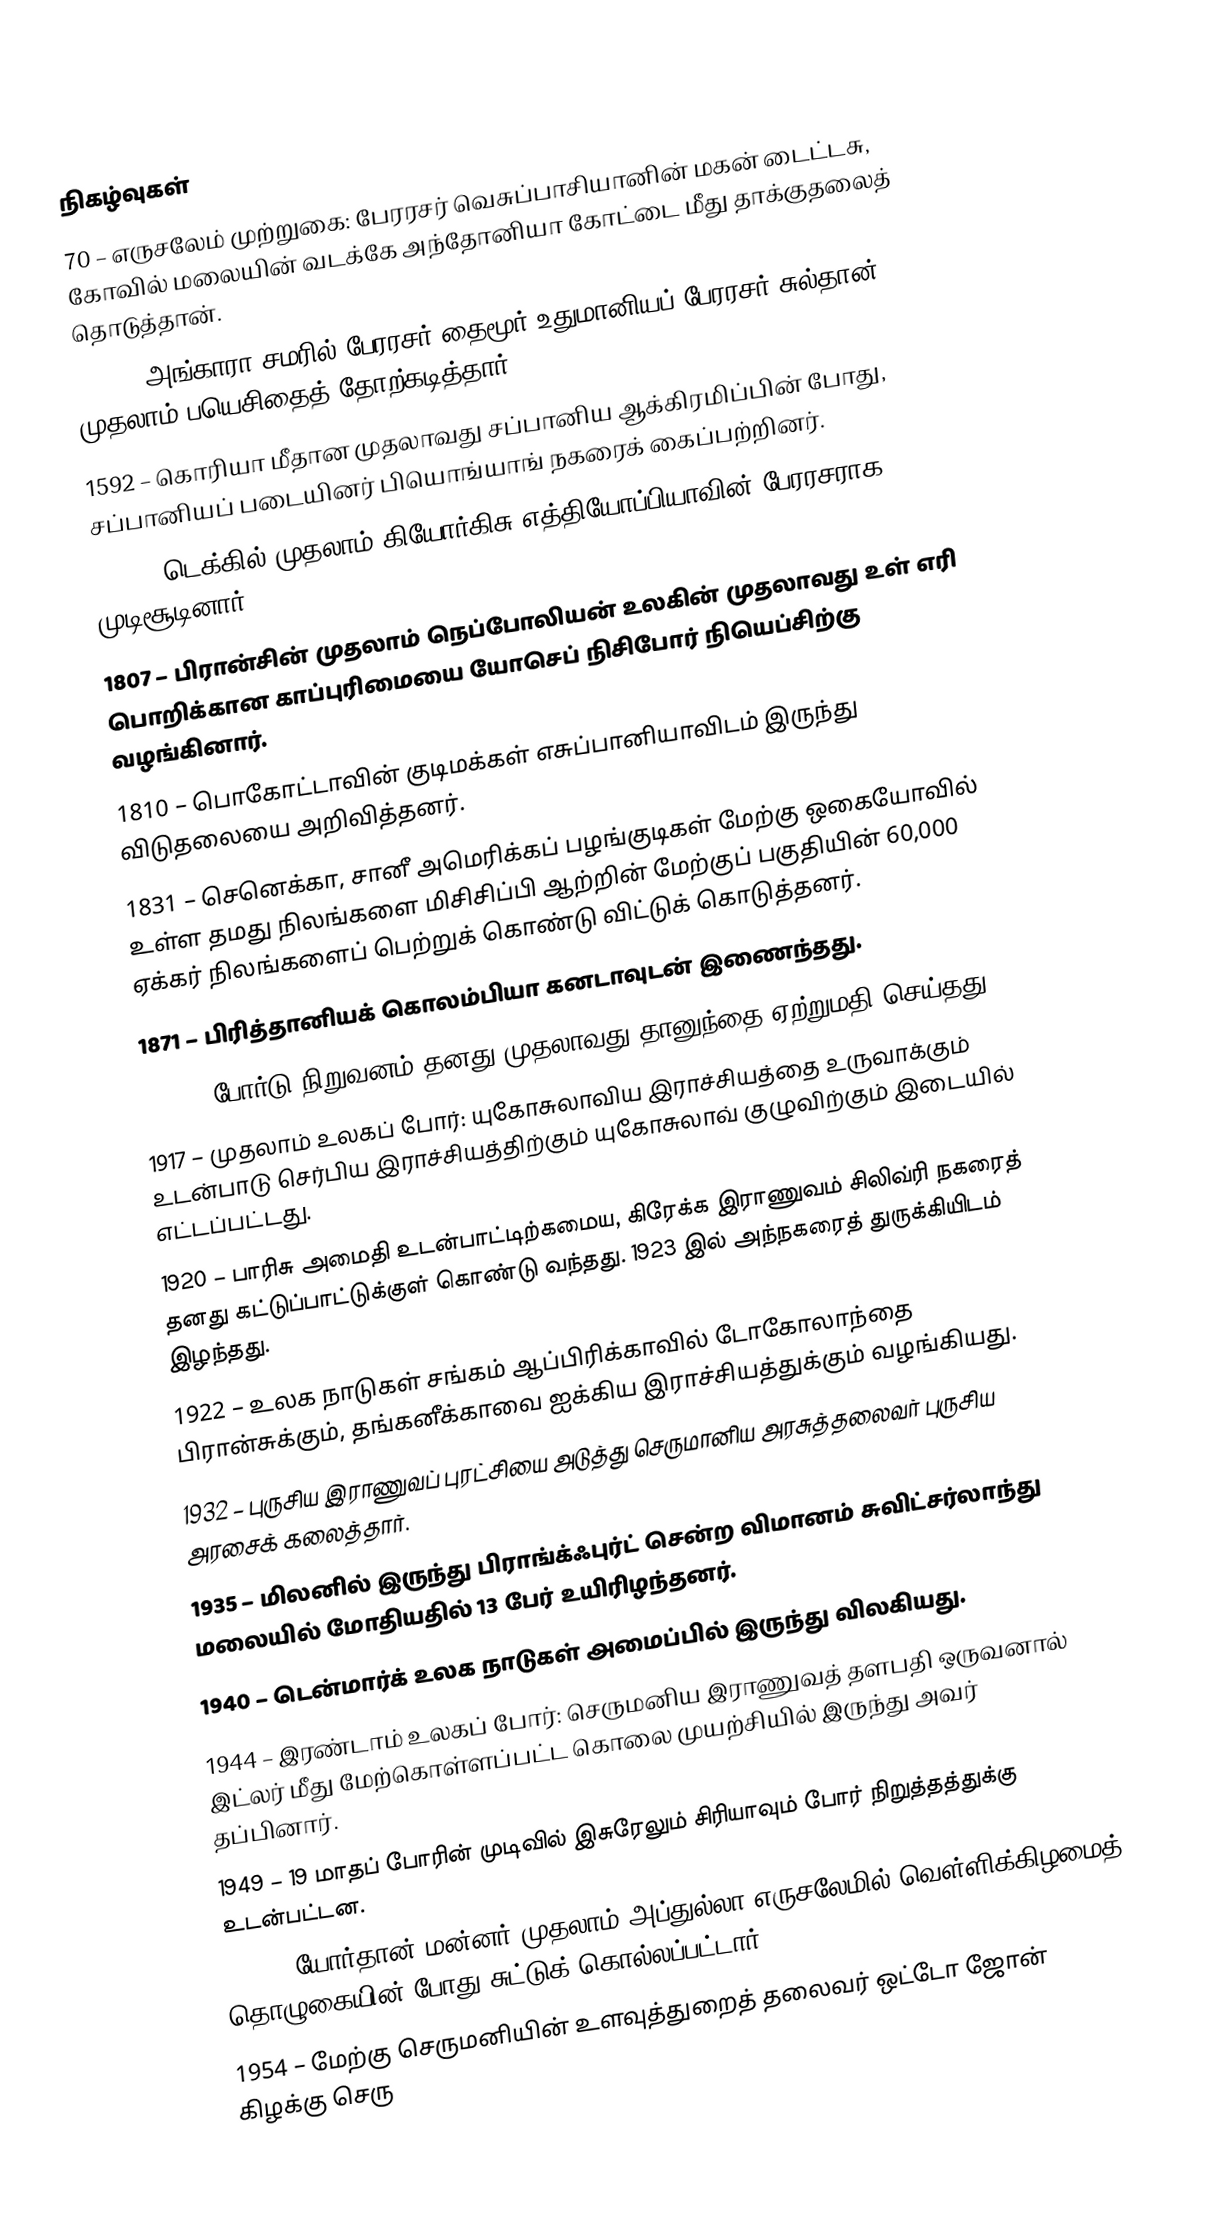

நிகழ்வுகள்
70 – எருசலேம் முற்றுகை: பேரரசர் வெசுப்பாசியானின் மகன் டைட்டசு, கோவில் மலையின் வடக்கே அந்தோனியா கோட்டை மீது தாக்குதலைத் தொடுத்தான்.
1402 – அங்காரா சமரில் பேரரசர் தைமூர் உதுமானியப் பேரரசர் சுல்தான் முதலாம் பயெசிதைத் தோற்கடித்தார்.
1592 – கொரியா மீதான முதலாவது சப்பானிய ஆக்கிரமிப்பின் போது, சப்பானியப் படையினர் பியொங்யாங் நகரைக் கைப்பற்றினர்.
1799 – டெக்கில் முதலாம் கியோர்கிசு எத்தியோப்பியாவின் பேரரசராக முடிசூடினார்.
1807 – பிரான்சின் முதலாம் நெப்போலியன் உலகின் முதலாவது உள் எரி பொறிக்கான காப்புரிமையை யோசெப் நிசிபோர் நியெப்சிற்கு வழங்கினார்.
1810 – பொகோட்டாவின் குடிமக்கள் எசுப்பானியாவிடம் இருந்து விடுதலையை அறிவித்தனர்.
1831 – செனெக்கா, சானீ அமெரிக்கப் பழங்குடிகள் மேற்கு ஒகையோவில் உள்ள தமது நிலங்களை மிசிசிப்பி ஆற்றின் மேற்குப் பகுதியின் 60,000 ஏக்கர் நிலங்களைப் பெற்றுக் கொண்டு விட்டுக் கொடுத்தனர்.
1871 – பிரித்தானியக் கொலம்பியா கனடாவுடன் இணைந்தது.
1903 – போர்டு நிறுவனம் தனது முதலாவது தானுந்தை ஏற்றுமதி செய்தது.
1917 – முதலாம் உலகப் போர்: யுகோசுலாவிய இராச்சியத்தை உருவாக்கும் உடன்பாடு செர்பிய இராச்சியத்திற்கும் யுகோசுலாவ் குழுவிற்கும் இடையில் எட்டப்பட்டது.
1920 – பாரிசு அமைதி உடன்பாட்டிற்கமைய, கிரேக்க இராணுவம் சிலிவ்ரி நகரைத் தனது கட்டுப்பாட்டுக்குள் கொண்டு வந்தது. 1923 இல் அந்நகரைத் துருக்கியிடம் இழந்தது.
1922 – உலக நாடுகள் சங்கம் ஆப்பிரிக்காவில் டோகோலாந்தை பிரான்சுக்கும், தங்கனீக்காவை ஐக்கிய இராச்சியத்துக்கும் வழங்கியது.
1932 – புருசிய இராணுவப் புரட்சியை அடுத்து செருமானிய அரசுத்தலைவர் புருசிய அரசைக் கலைத்தார்.
1935 – மிலனில் இருந்து பிராங்க்ஃபுர்ட் சென்ற விமானம் சுவிட்சர்லாந்து மலையில் மோதியதில் 13 பேர் உயிரிழந்தனர்.
1940 – டென்மார்க் உலக நாடுகள் அமைப்பில் இருந்து விலகியது.
1944 – இரண்டாம் உலகப் போர்: செருமனிய இராணுவத் தளபதி ஒருவனால் இட்லர் மீது மேற்கொள்ளப்பட்ட கொலை முயற்சியில் இருந்து அவர் தப்பினார்.
1949 – 19 மாதப் போரின் முடிவில் இசுரேலும் சிரியாவும் போர் நிறுத்தத்துக்கு உடன்பட்டன.
1951 – யோர்தான் மன்னர் முதலாம் அப்துல்லா எருசலேமில் வெள்ளிக்கிழமைத் தொழுகையின் போது சுட்டுக் கொல்லப்பட்டார்.
1954 – மேற்கு செருமனியின் உளவுத்துறைத் தலைவர் ஒட்டோ ஜோன் கிழக்கு செரு